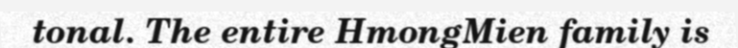
tonal. The entire HmongMien family is